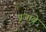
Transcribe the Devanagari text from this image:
पंजाबे